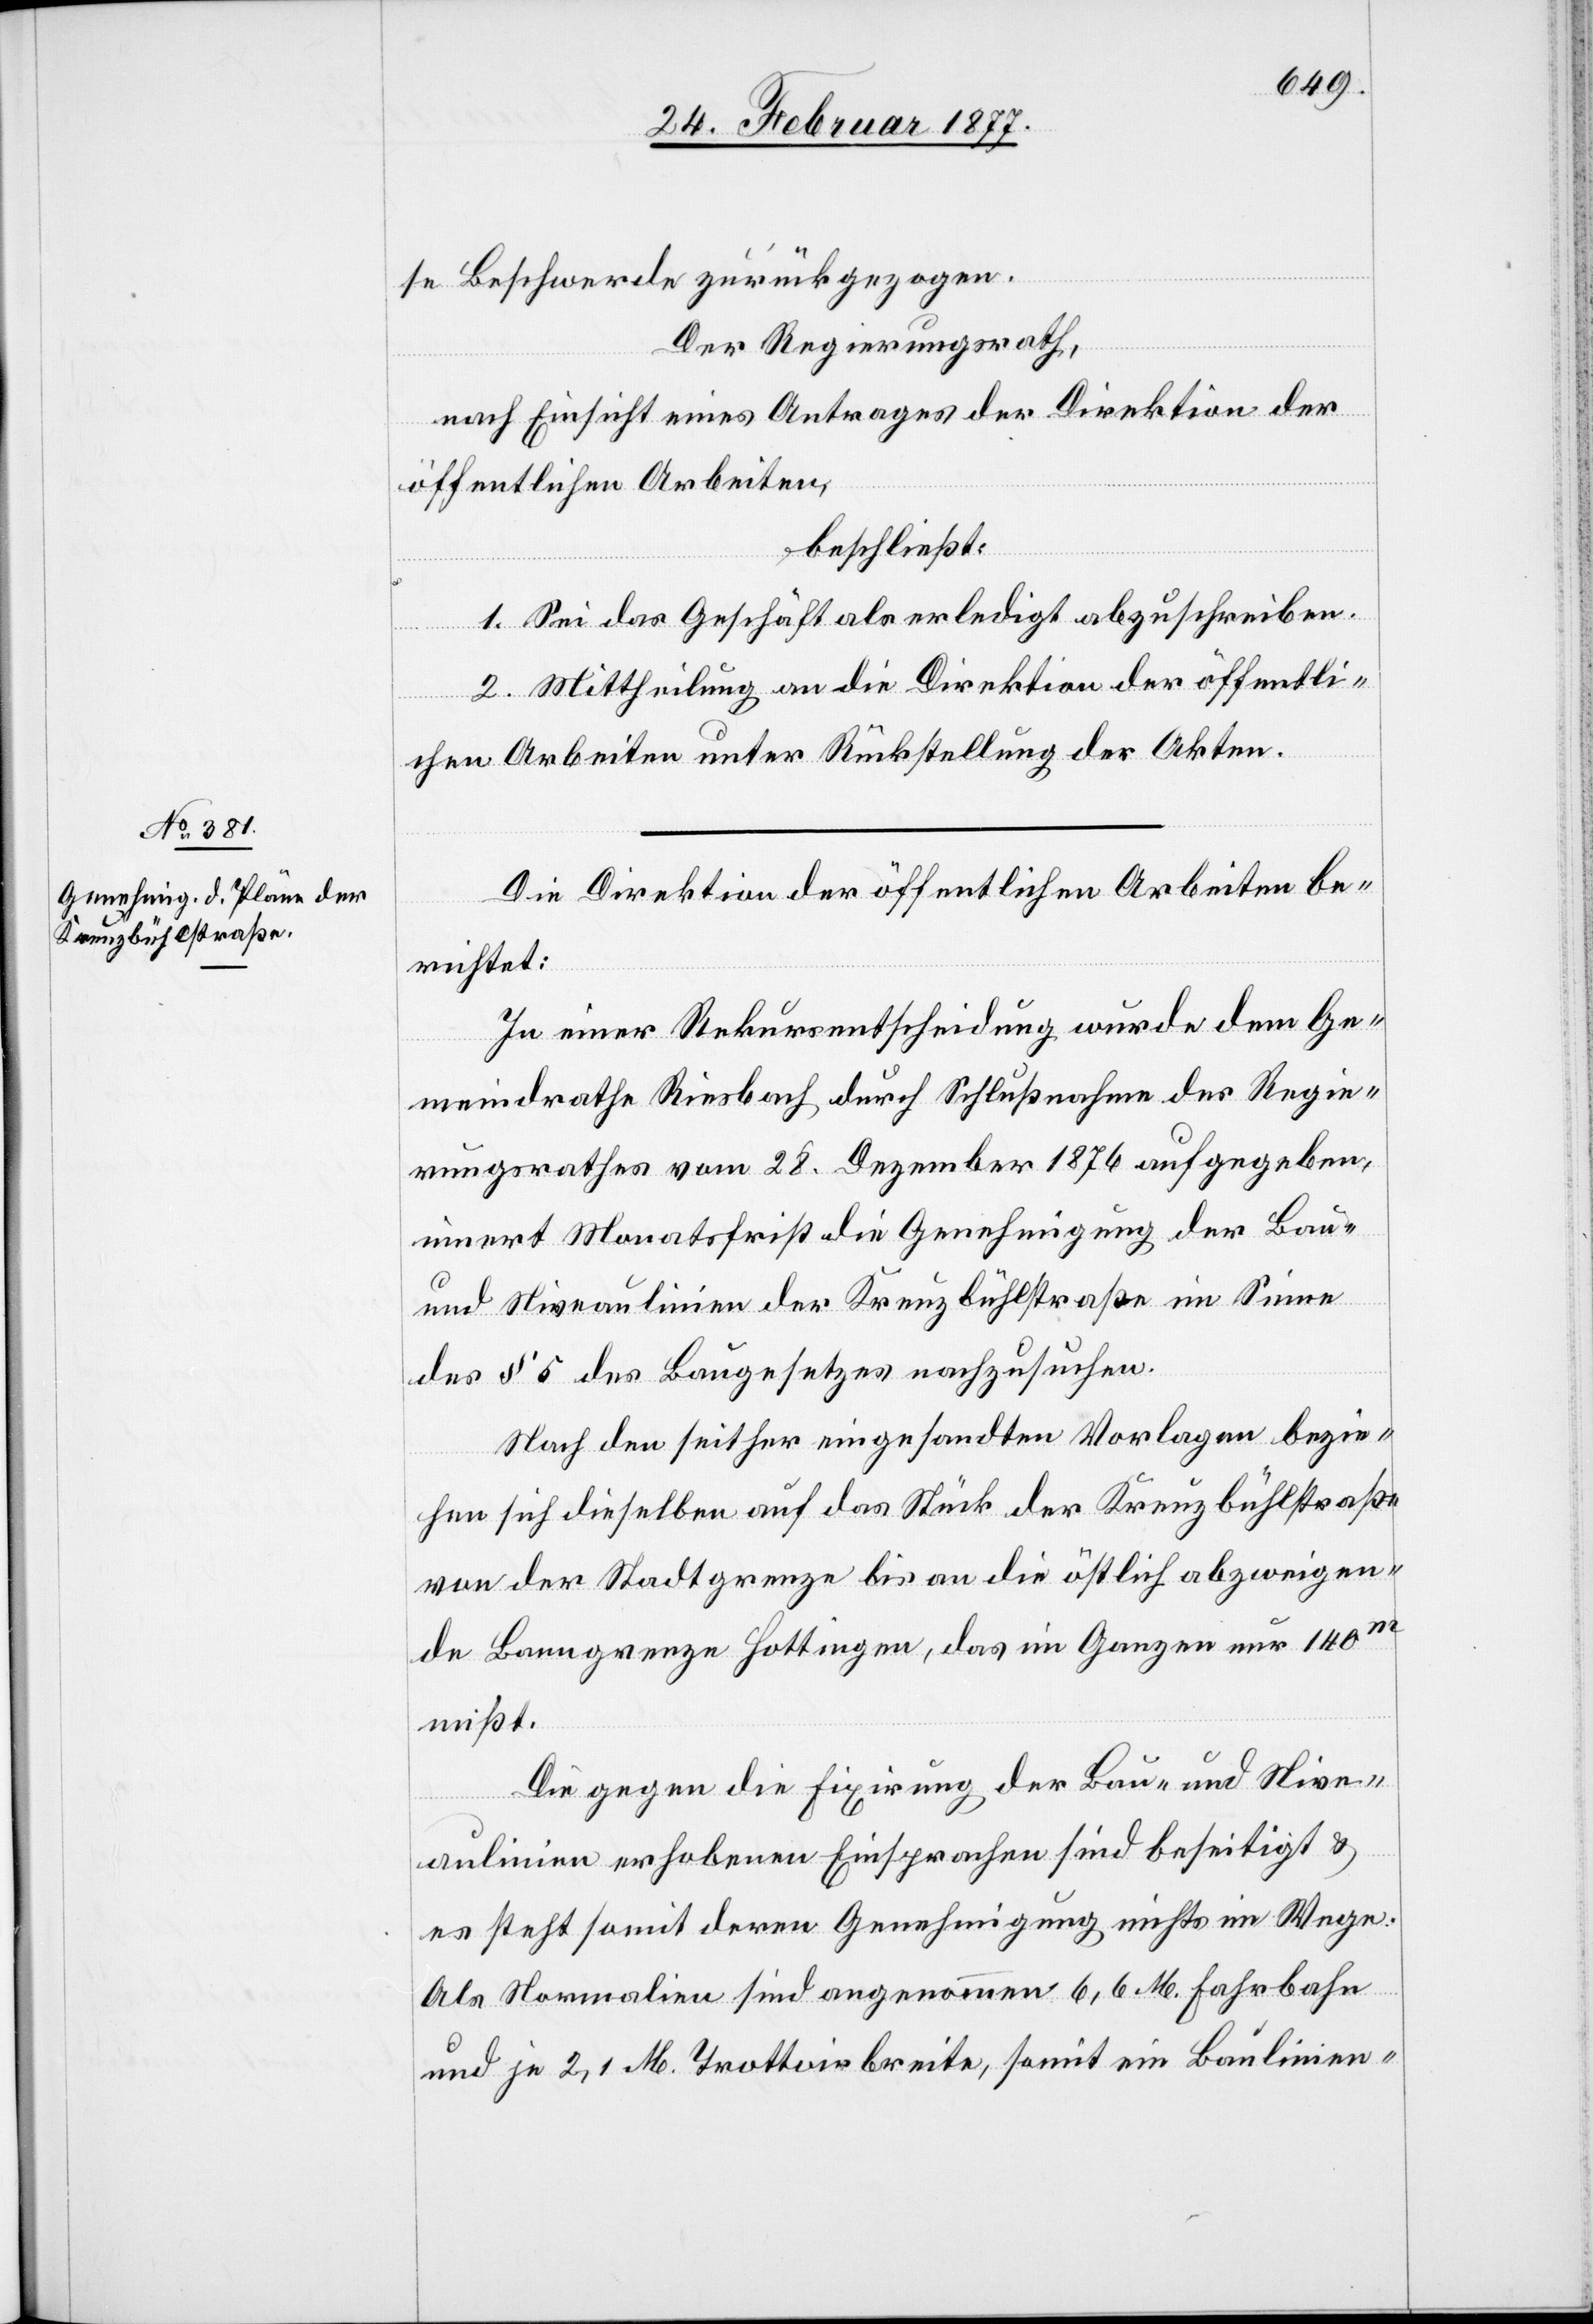
se Beschwerde zurückgezogen.
Der Regierungsrath,
nach Einsicht eines Antrages der Direktion der
öffentlichen Arbeiten,
beschließt:
1. Sei das Geschäft als erledigt abzuschreiben.
2. Mittheilung an die Direktion der öffentli¬
chen Arbeiten unter Rückstellung der Akten.
Die Direktion der öffentlichen Arbeiten be¬
richtet:
In einer Rekursentscheidung wurde dem Ge¬
meindrathe Riesbach durch Schlußnahme des Regie¬
rungsrathes vom 28. Dezember 1876 aufgegeben,
innert Monatsfrist die Genehmigung der Bau-
und Niveaulinien der Kreuzbühlstraße im Sinne
des § 5 des Baugesetzes nachzusuchen.
Nach den seither eingesandten Vorlagen bezie¬
hen sich dieselben auf das Stück der Kreuzbühlstraße
von der Stadtgrenze bis an die östlich abzweigen¬
de Banngrenze Hottingen, das im ganzen nur 140m
mißt.
Die gegen die Fixirung der Bau- und Nive¬
aulinien erhobenen Einsprachen sind beseitigt &
es steht somit deren Genehmigung nichts im Wege.
Als Normalien sind angenommen 6,6 M. Fahrbahn
und je 2,1 M. Trottoirbreite, somit ein Baulinien-